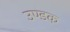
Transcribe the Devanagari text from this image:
उण्डक